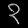
Digit: ၃